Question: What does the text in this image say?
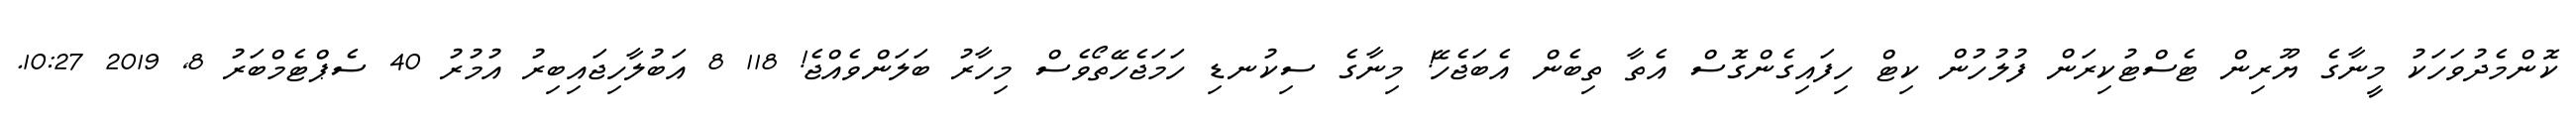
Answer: ކޮންމެދުވަހަކު މީނާގެ ޔޫރިން ޓެސްޓުކިރަން ފުލުހުން ކިޓް ހިފައިގެންގޮސް އެތާ ތިބެން އެބަޖެހޭ! މިނާގެ ސިކުނޑި ހަމަޖެހޭތޯވެސް މިހާރު ބަލަންވެއްޖެ! 118 8 އަބުލާހިޖައިބިރު އުމުރު 40 ސެޕްޓެމްބަރު 8, 2019 10:27.